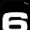
Digit: 6